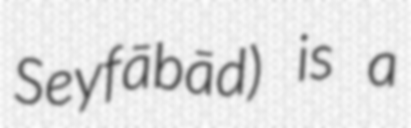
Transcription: Seyfābād) is a